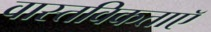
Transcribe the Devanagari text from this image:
वास्तविकताएॅ